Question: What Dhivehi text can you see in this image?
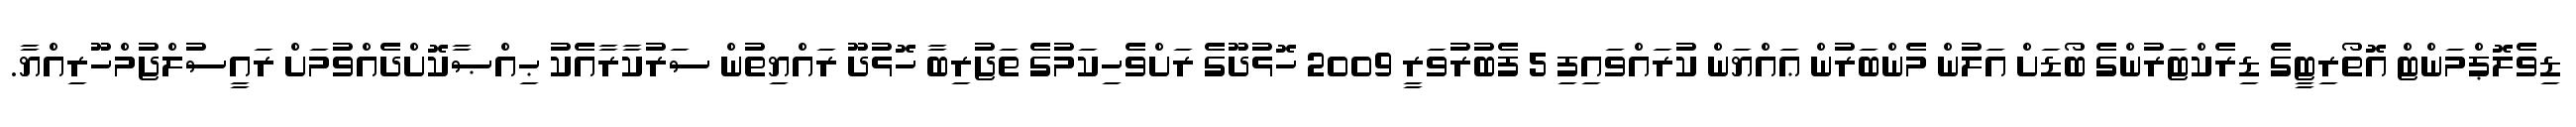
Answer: ޑިވެލޮޕްމަންޓް އޮތޯރިޓީގެ ޑިރެކްޓަރުންގެ ބޯޑަށް އަލުން މެންބަރުން ޢައްޔަން ކުރައްވައިފި 5 ފެބުރުވަރީ 2009 ހޮޅުދޫގެ ރަށްވެހިކަމުގެ ތަޖުރިބާ ހޮޅުދޫ ރައްޔިތުން ސަރުކާރާއެކު ޙިއްޞާކޮށްދެއްވުމަށް ރައީސުލްޖުމްހޫރިއްޔާ.